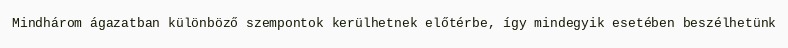
Mindhárom ágazatban különböző szempontok kerülhetnek előtérbe, így mindegyik esetében beszélhetünk